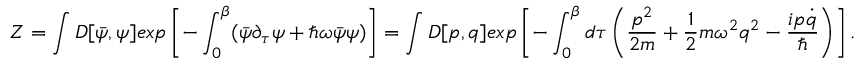
Z = \int D [ \bar { \psi } , \psi ] e x p \left[ - \int _ { 0 } ^ { \beta } ( \bar { \psi } \partial _ { \tau } \psi + \hbar \omega \bar { \psi } \psi ) \right] = \int D [ p , q ] e x p \left[ - \int _ { 0 } ^ { \beta } d \tau \left( \frac { p ^ { 2 } } { 2 m } + \frac { 1 } { 2 } m \omega ^ { 2 } q ^ { 2 } - \frac { i p \dot { q } } { \hbar } \right) \right] .